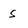
Character: S